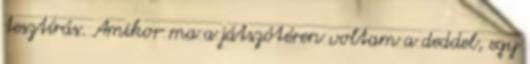
tesztírás. Amikor ma a játszótéren voltam a deddel, egy